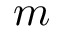
m